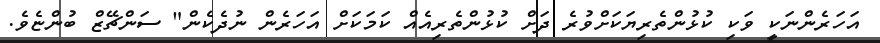
އަހަރެންނަކީ ވަކި ކުޅުންތެރިޔަކަށްވުރެ ދަށް ކުޅުންތެރިއެއް ކަމަކަށް އަހަރެން ނުދެކެން" ސަންޗޭޒް ބުންޏެވެ.